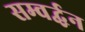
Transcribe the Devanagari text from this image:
सम्वर्द्धन